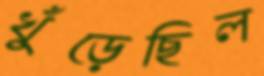
খুঁড়েছিল